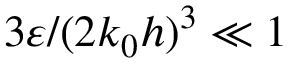
3 \varepsilon / ( 2 k _ { 0 } h ) ^ { 3 } \ll 1